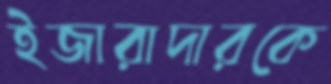
ইজারাদারকে